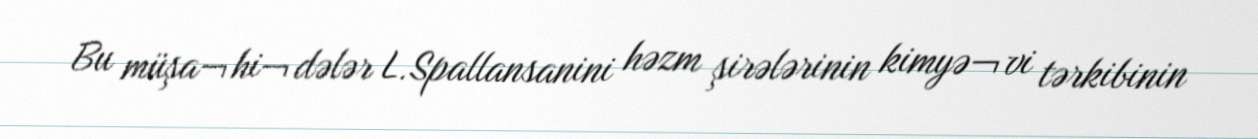
Bu müşa¬hi¬dələr L.Spallansanini həzm şirələrinin kimyə¬vi tərkibinin